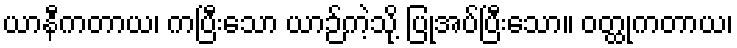
ယာနီကတာယ၊ ကပြီးသော ယာဉ်ကဲ့သို့ ပြုအပ်ပြီးသော။ ဝတ္ထုကတာယ၊